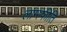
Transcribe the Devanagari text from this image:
लाग्स्फीति